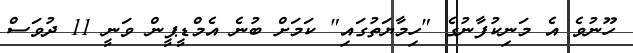
ހޫނުވެ އެ މަނިކުފާނުގެ "ހިމާޔަތުގައި" ކަމަށް ބުނެ އެމްޑީޕީން ވަނީ 11 ދުވަސް